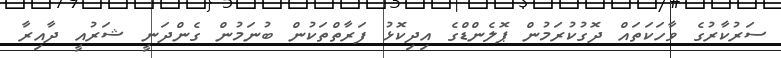
ސަރުކާރުގެ ވާހަކަތައް ދޮގުކުރަމުން ޕޮލެންޑްގެ އިދިކޮޅު ފަރާތްތަކުން ބުނަމުން ގެންދަނީ ޝަރުއީ ދާއިރާ